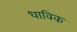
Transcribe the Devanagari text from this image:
धाविक